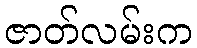
ဇာတ်လမ်းက